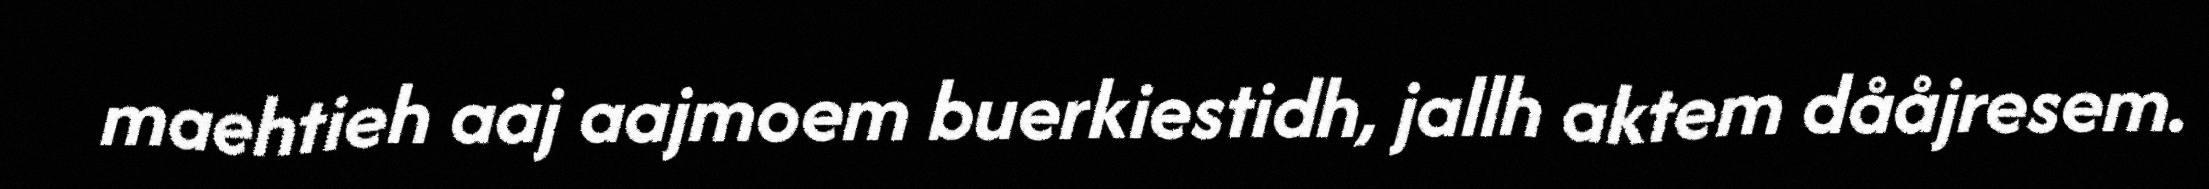
maehtieh aaj aajmoem buerkiestidh, jallh aktem dååjresem.